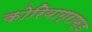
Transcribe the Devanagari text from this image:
कोरियाग्राफ्ड